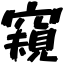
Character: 窺